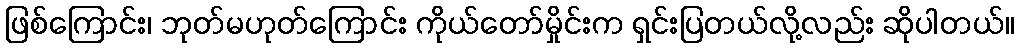
ဖြစ်ကြောင်း၊ ဘုတ်မဟုတ်ကြောင်း ကိုယ်တော်မှိုင်းက ရှင်းပြတယ်လို့လည်း ဆိုပါတယ်။